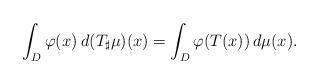
LaTeX: \begin{align*} \int_D \varphi(x) \: d (T_\sharp \mu)(x) = \int_D \varphi(T(x)) \, d \mu(x).\end{align*}